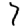
Digit: 7